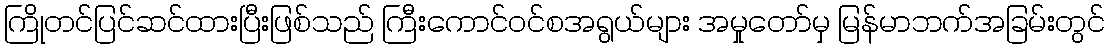
ကြိုတင်ပြင်ဆင်ထားပြီးဖြစ်သည် ကြီးကောင်ဝင်စအရွယ်များ အမှုတော်မှ မြန်မာဘက်အခြမ်းတွင်